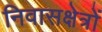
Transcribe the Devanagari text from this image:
निवासक्षेत्रों